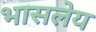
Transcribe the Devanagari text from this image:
भासलेय